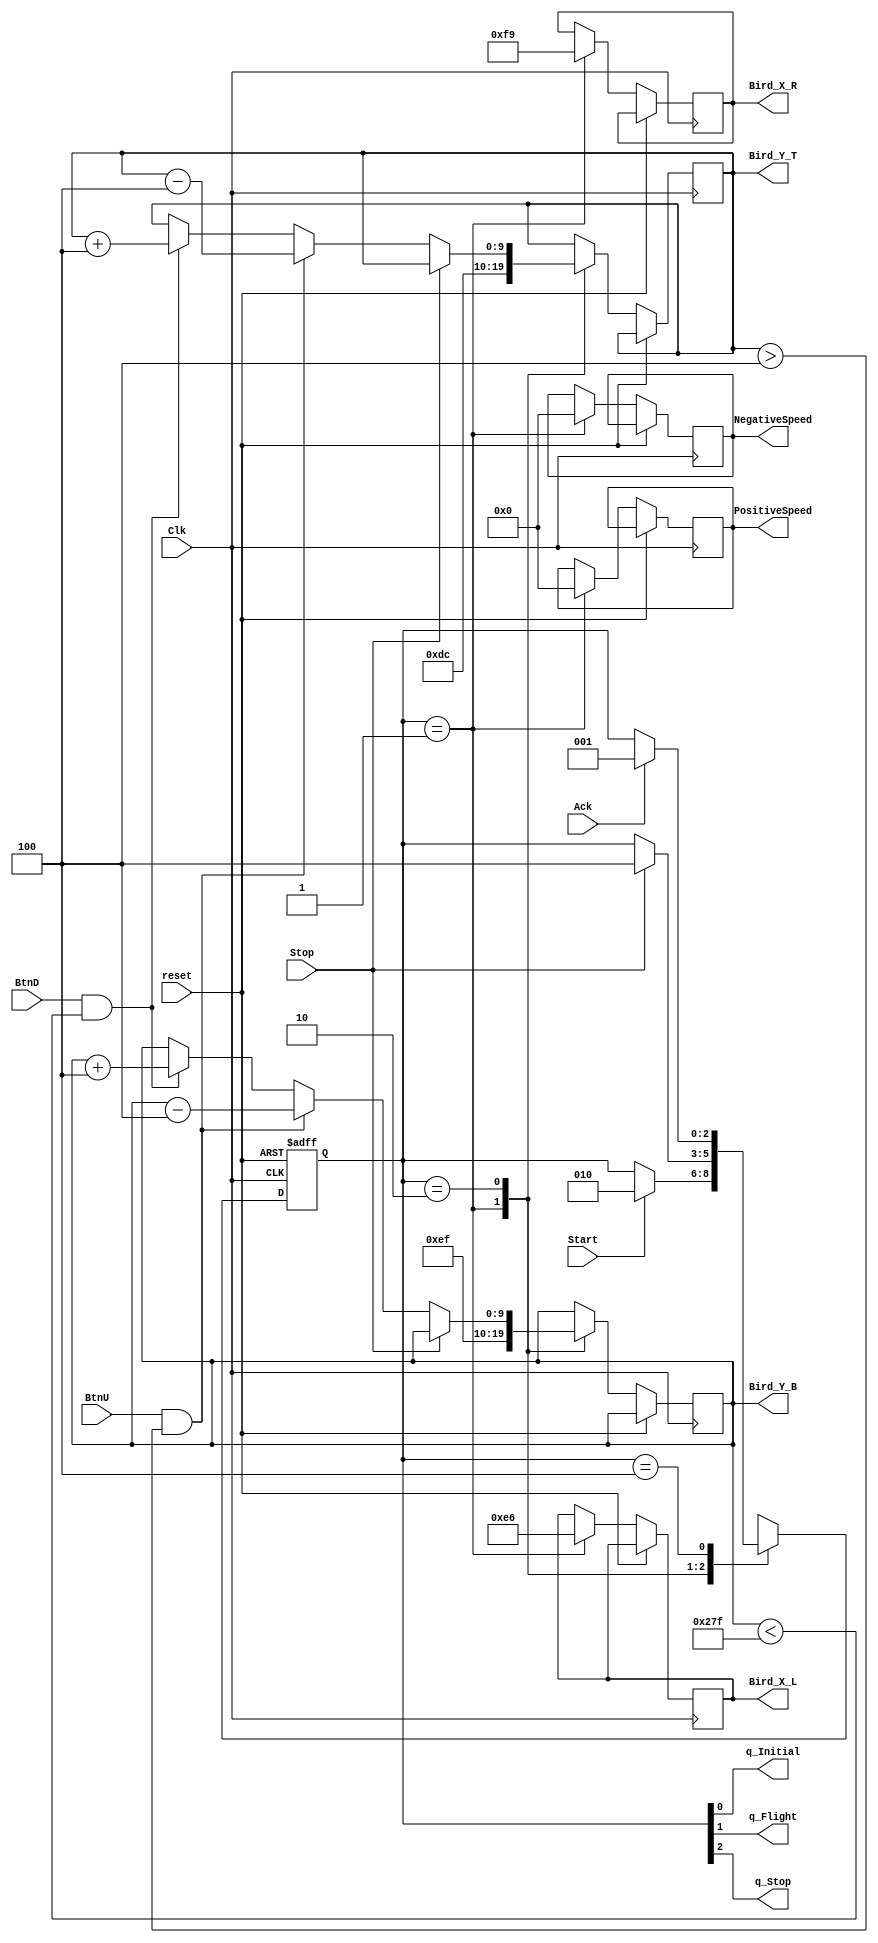
`timescale 1ns / 1ps
//////////////////////////////////////////////////////////////////////////////////
// Company: 
// Engineer: 
// 
// Design Name: 
// Module Name:    flight_control
// Project Name: 
// Target Devices: 
// Tool versions: 
// Description: 
//
// Dependencies: 
//
// Revision: 
// Revision 0.01 - File Created
// Additional Comments: 
//
//////////////////////////////////////////////////////////////////////////////////
module flight_control(Clk, reset, Start, Ack, Stop, BtnU, BtnD, Bird_X_L, Bird_X_R, Bird_Y_T, Bird_Y_B,
   q_Initial, q_Flight, q_Stop, PositiveSpeed, NegativeSpeed );

input 	Clk, reset, Start, Ack, Stop;
input 	BtnU, BtnD;

//output signed [9:0]	VertSpeed; // some amount of pixels per clock
output [9:0] Bird_X_L;
output [9:0] Bird_X_R;
output [9:0] Bird_Y_T;
output [9:0] Bird_Y_B;
output [9:0] PositiveSpeed;
output [9:0] NegativeSpeed;
output q_Initial, q_Flight, q_Stop;

reg [2:0] state;
assign {q_Stop, q_Flight, q_Initial} = state;

reg [9:0] PositiveSpeed;
reg[9:0] pos_temp;
reg [9:0] NegativeSpeed;

reg [9:0] Bird_X_L;
reg [9:0] Bird_X_R;
reg [9:0] Bird_Y_T;
reg [9:0] Bird_Y_B;

localparam
			QInitial = 3'b001,
			QFlight	= 3'b010,
			QStop 	= 3'b100,
			UNK		= 3'bXXX;

//parameter JUMP_VELOCITY = 10; // some amount of pixels per clock
//parameter GRAVITY = 1; // change to some number of pixels per clock

reg j;
parameter step = 4;
parameter MIN_BIRD_Y = step;
parameter MAX_BIRD_Y = 767 - 128;

always @ (posedge Clk, posedge reset)
begin	
	if(reset)
	begin
		state <= QInitial;
	end
	else
	
	begin
		case(state)
		
			QInitial:
			begin
				if(Start) // we're startin' folks
					state <= QFlight;
					
				PositiveSpeed <= 10'd0;
				NegativeSpeed <= 10'd0;
				Bird_X_L <= 10'd230; //10'd300;
				Bird_X_R <= 10'd249; //10'd300;
				Bird_Y_T <= 10'd220;//10'd240;
				Bird_Y_B <= 10'd239; //10'd300;
			end	
			
			QFlight:
			begin
				if(Stop)
					state <= QStop;
				
				else 
				begin
					j <= 0;
					// BIRD POSITIONING LOGIC 
					if (BtnU & Bird_Y_T > MIN_BIRD_Y)
						begin
						Bird_Y_T <= Bird_Y_T - step;
						Bird_Y_B <= Bird_Y_B - step;
						end
					else if (BtnD & Bird_Y_B < MAX_BIRD_Y)
						begin
						Bird_Y_T <= Bird_Y_T + step;
						Bird_Y_B <= Bird_Y_B + step;
						end
				end
			end	
			
			QStop:
			begin
				if(Ack)
					state <= QInitial;
			end

			default:
				state <= UNK;
		endcase
	end
end

endmodule